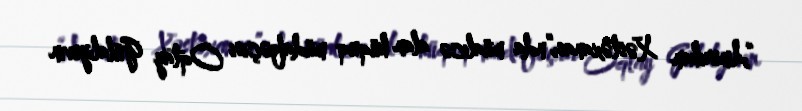
“Amerikan Xəstəxanası”nda müalicə alan hüquq müdafiəçisi Oqtay Gülalıyevin